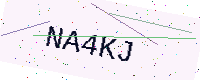
Text: NA4KJ